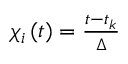
\begin{array} { r } { \chi _ { i } \left( t \right) = \frac { t - t _ { k } } { \Delta } } \end{array}